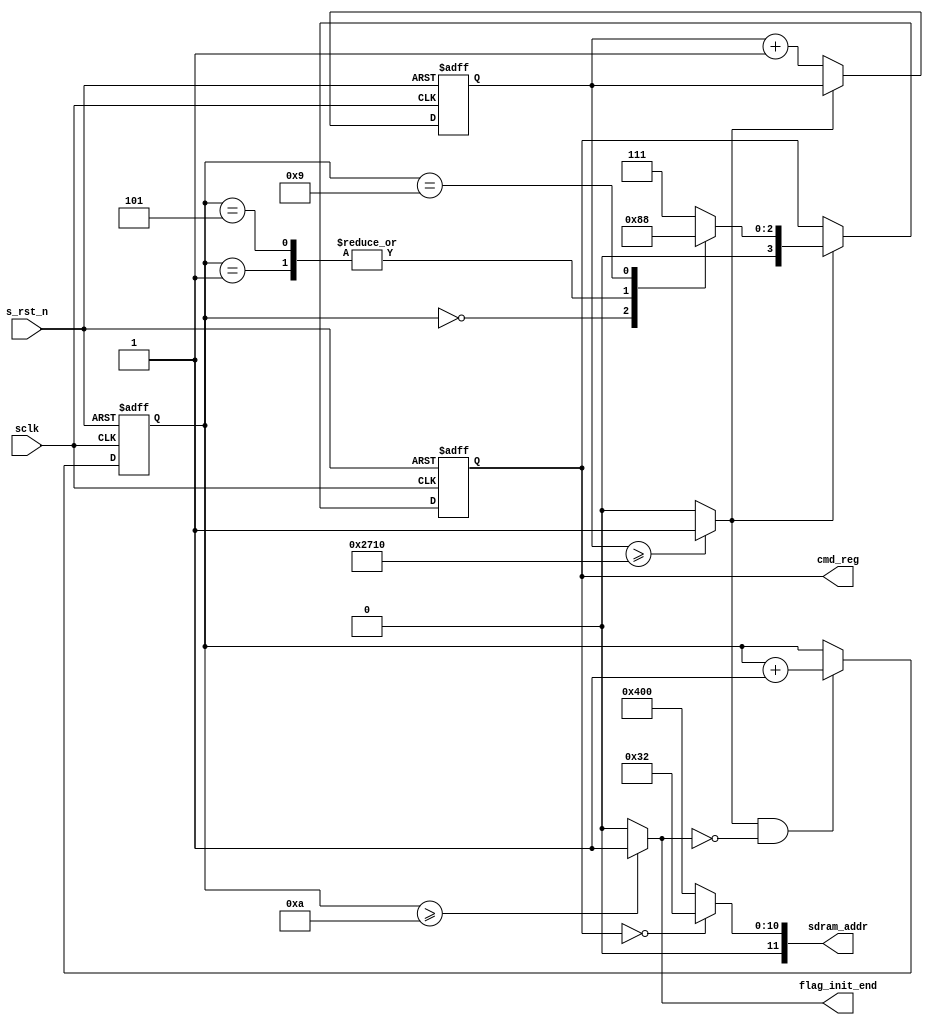
module sdram_init (
    input sclk,
    input s_rst_n,
    output reg [3:0] cmd_reg,
    output [11:0] sdram_addr,
    output flag_init_end
);
localparam  DELAY_200US = 10000; // 50MHz
localparam NOP = 4'b0111;
localparam PRE = 4'b0010;
localparam AREF = 4'b0001;
localparam MSET = 4'b0000;

reg [13:0] cnt_200us;
wire flag_200us;
reg [3:0] cnt_cmd;

always @(posedge sclk or negedge s_rst_n) begin
    if (!s_rst_n)
        cnt_200us <= 'd0;
    else if (!flag_200us)
        cnt_200us <= cnt_200us + 'b1;
end

always @(posedge sclk or negedge s_rst_n) begin
    if (!s_rst_n)
        cnt_cmd <= 'd0;
    else if (flag_200us && !flag_init_end) begin
        cnt_cmd <= cnt_cmd + 'b1;
    end
end

always @(posedge sclk or negedge s_rst_n) begin
    if (!s_rst_n)
        cmd_reg <= NOP;
    else if (flag_200us)
        case (cnt_cmd)
            0: cmd_reg <= PRE;
            1: cmd_reg <= AREF;
            5: cmd_reg <= AREF;
            9: cmd_reg <= MSET;
            default: cmd_reg <= NOP;
        endcase
end

assign flag_init_end = (cnt_cmd >= 'd10) ? 'b1 : 'b0;
assign sdram_addr = (cmd_reg == MSET) ? 12'b0000_0011_0010 : 12'b0100_0000_0000;
assign flag_200us = (cnt_200us >= DELAY_200US) ? 'b1 : 'b0;

endmodule